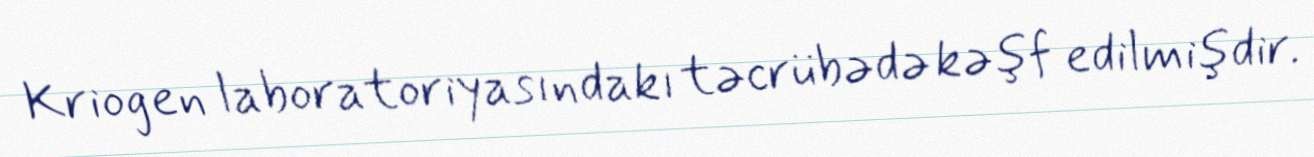
Kriogen laboratoriyasındakı təcrübədə kəşf edilmişdir.